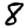
Digit: 8